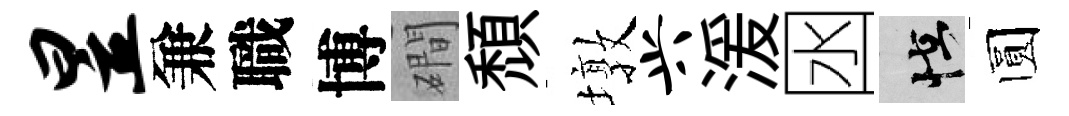
昱兼職博磵頽墩兴湲囦怪圆